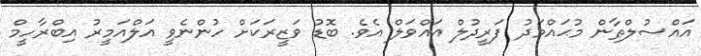
އައްސުލްޠާން މުޙައްމަދު ފަރީދުލް އައްވަލް އެވެ. ބޮޑު ވަޒީރަކަށް ހުންނެވީ އަލްއަމީރު އިބްރާހީމް